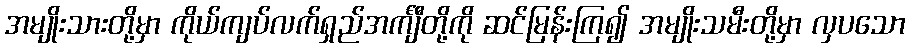
အမျိုးသားတို့မှာ ကိုယ်ကျပ်လက်ရှည်အင်္ကျီတို့ကို ဆင်မြန်းကြ၍ အမျိုးသမီးတို့မှာ လှပသော